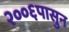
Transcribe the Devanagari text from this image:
२००६पासुन